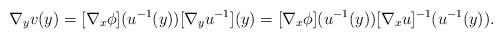
LaTeX: \begin{align*} \nabla_y v (y) = [\nabla_x \phi] (u^{-1}(y)) [\nabla_y u^{-1}](y) = [\nabla_x \phi] (u^{-1}(y)) [\nabla_x u]^{-1}(u^{-1}(y)).\end{align*}